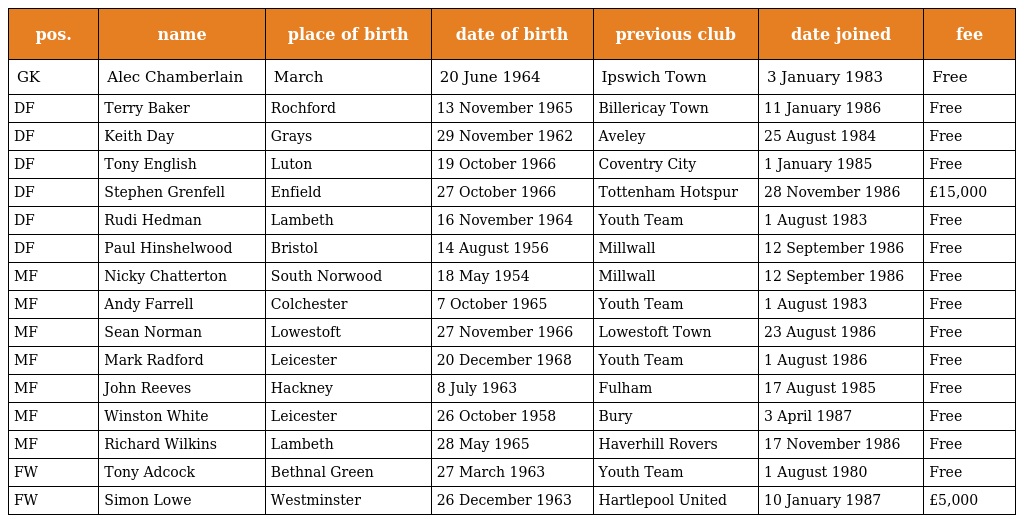
| pos. | name | place of birth | date of birth | previous club | date joined | fee |
 | --- | --- | --- | --- | --- | --- | --- |
 | GK | Alec Chamberlain | March | 20 June 1964 | Ipswich Town | 3 January 1983 | Free |
 | DF | Terry Baker | Rochford | 13 November 1965 | Billericay Town | 11 January 1986 | Free |
 | DF | Keith Day | Grays | 29 November 1962 | Aveley | 25 August 1984 | Free |
 | DF | Tony English | Luton | 19 October 1966 | Coventry City | 1 January 1985 | Free |
 | DF | Stephen Grenfell | Enfield | 27 October 1966 | Tottenham Hotspur | 28 November 1986 | £15,000 |
 | DF | Rudi Hedman | Lambeth | 16 November 1964 | Youth Team | 1 August 1983 | Free |
 | DF | Paul Hinshelwood | Bristol | 14 August 1956 | Millwall | 12 September 1986 | Free |
 | MF | Nicky Chatterton | South Norwood | 18 May 1954 | Millwall | 12 September 1986 | Free |
 | MF | Andy Farrell | Colchester | 7 October 1965 | Youth Team | 1 August 1983 | Free |
 | MF | Sean Norman | Lowestoft | 27 November 1966 | Lowestoft Town | 23 August 1986 | Free |
 | MF | Mark Radford | Leicester | 20 December 1968 | Youth Team | 1 August 1986 | Free |
 | MF | John Reeves | Hackney | 8 July 1963 | Fulham | 17 August 1985 | Free |
 | MF | Winston White | Leicester | 26 October 1958 | Bury | 3 April 1987 | Free |
 | MF | Richard Wilkins | Lambeth | 28 May 1965 | Haverhill Rovers | 17 November 1986 | Free |
 | FW | Tony Adcock | Bethnal Green | 27 March 1963 | Youth Team | 1 August 1980 | Free |
 | FW | Simon Lowe | Westminster | 26 December 1963 | Hartlepool United | 10 January 1987 | £5,000 |